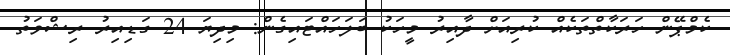
ކެމްޕޭން ހަރަކާތްތަކެއް ކުރިއަށް ދާއިރު މީހަކު ބަލަހައްޓައިގެން: މިދިޔަ 24 ގަޑިއިރު ރިޝްވަތު